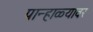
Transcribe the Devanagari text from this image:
पान्हाळ्यावर